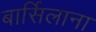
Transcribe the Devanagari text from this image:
बार्सिलाना